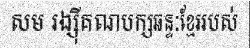
សម រង្ស៊ីគណបក្សឆន្ទៈខ្មែររបស់